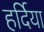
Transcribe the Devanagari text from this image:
हर्दिया